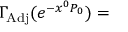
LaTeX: \Gamma _ { \mathrm { A d j } } ( e ^ { - x ^ { 0 } P _ { 0 } } ) =